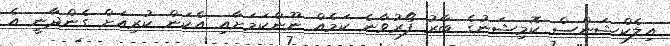
އިލެކްޝަންސް ކޮމިޝަނުގެ ބާރު ފޯރުވާނެ ކަމެއް ނޫންކަމަށާއި އެކަން ކުރިއަށް ގެންދާނީ އެ